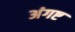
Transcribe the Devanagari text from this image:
अंगष्ट